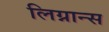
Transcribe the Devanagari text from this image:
लिग्नान्स